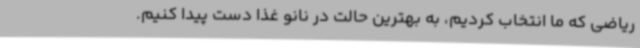
ریاضی که ما انتخاب کردیم، به بهترین حالت در نانو غذا دست پیدا کنیم.